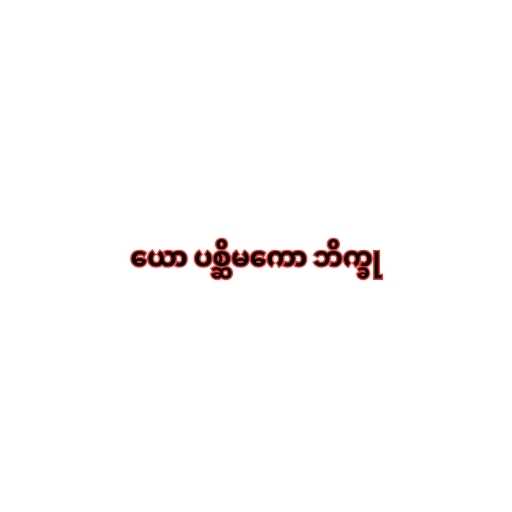
ယော ပစ္ဆိမကော ဘိက္ခု